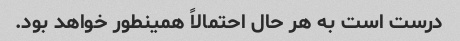
درست است به هر حال احتمالاً همینطور خواهد بود.